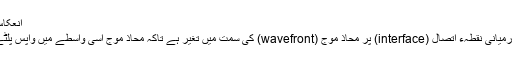
انعکاس - آزاد دائرۃ المعارف، ویکیپیڈیا
انعکاس دو مختلف واسطوں کے درمیانی نُقطہءِ اتّصال (interface) پر محاذ موج (wavefront) کی سمت میں تغیر ہے تاکہ محاذ موج اُسی واسطے میں واپس پلٹے جس واسطے سے وہ نکلی تھی۔